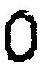
0